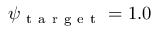
\psi _ { \mathrm { ~ t ~ a ~ r ~ g ~ e ~ t ~ } } = 1 . 0